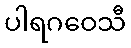
ပါရဂဝေသီ